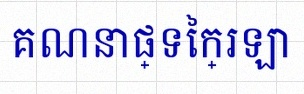
គណនាផ្ទៃក្រឡា